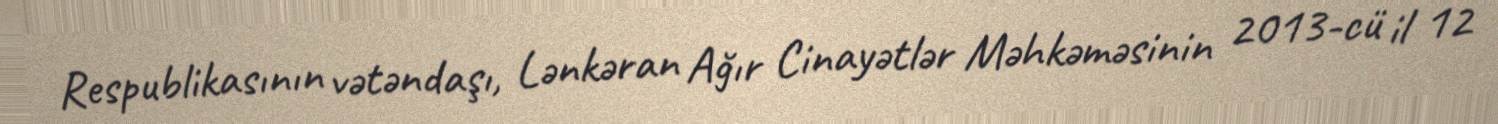
Respublikasının vətəndaşı, Lənkəran Ağır Cinayətlər Məhkəməsinin 2013-cü il 12